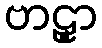
ဗာဠှာ